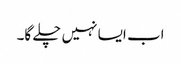
اب ایسا نہیں چلے گا۔